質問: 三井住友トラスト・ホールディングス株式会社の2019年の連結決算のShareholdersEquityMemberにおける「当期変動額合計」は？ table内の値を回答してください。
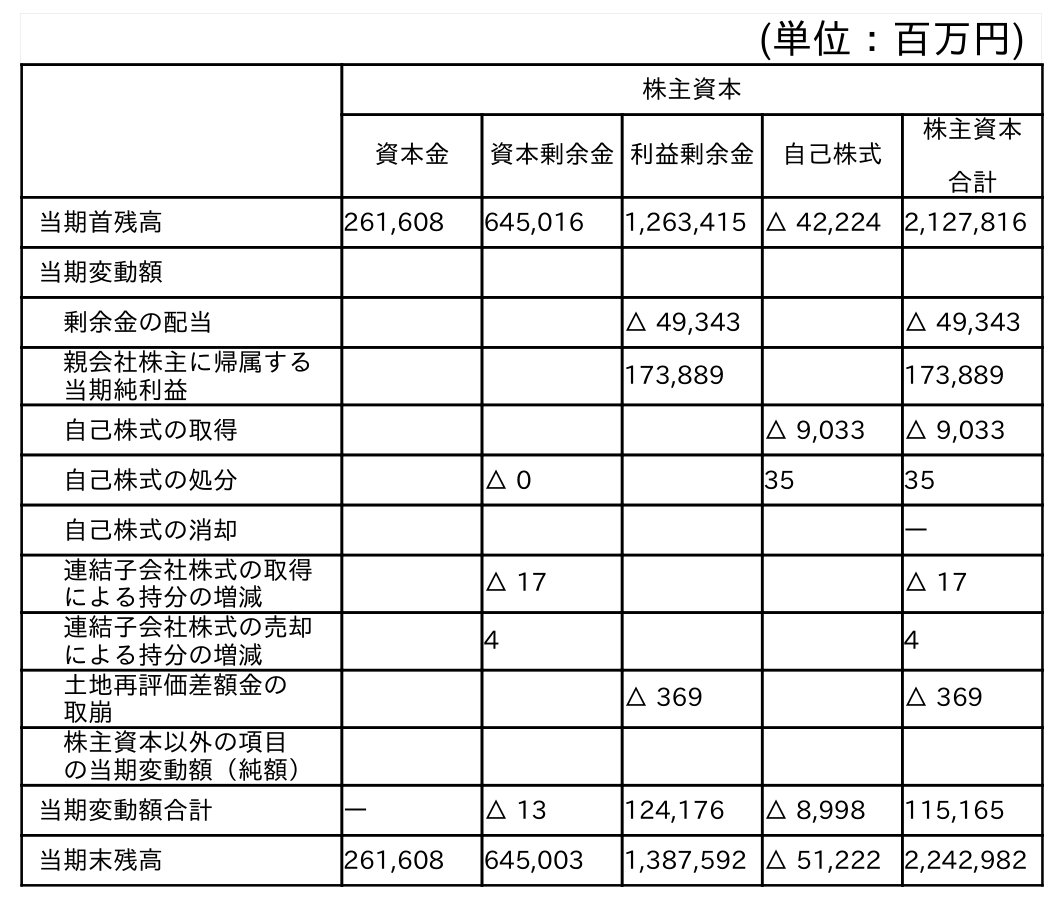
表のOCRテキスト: (単位：百万円) 株主資本 資本金 資本剰余金利益剰余金 自己株式 株主資本 合計 当期首残高 261,608 645,016 1,263,415 △ 42,224 2,127,816 当期変動額 剰余金の配当 △ 49,343 △ 49,343 親会社株主に帰属する 当期純利益 173,889 173,889 自己株式の取得 △ 9,033 △ 9,033 自己株式の処分 △ 0 35 35 自己株式の消却 ― 連結子会社株式の取得 による持分の増減 △ 17 △ 17 連結子会社株式の売却 による持分の増減 4 4 土地再評価差額金の 取崩 △ 369 △ 369 株主資本以外の項目 の当期変動額（純額） 当期変動額合計 ― △ 13 124,176 △ 8,998 115,165 当期末残高 261,608 645,003 1,387,592 △ 51,222 2,242,982
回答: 115,165